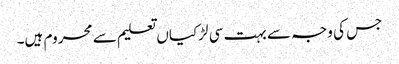
جس کی وجہ سے بہت سی لڑکیاں تعلیم سے محروم ہیں۔